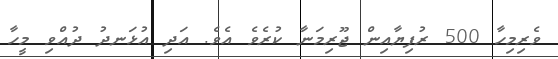
ވެރިމިހާ 500 ރުފިޔާއިން ޖޫރިމަނާ ކުރެވެ އެވެ. އަދި އުޅަނދު ދުއްވި މީހާ